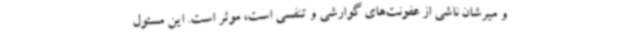
و میرشان ناشی از عفونت‌های گوارشی و تنفسی است، موثر است. این مسئول